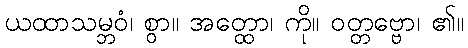
ယထာသမ္ဘဝံ၊ စွာ။ အတ္ထော၊ ကို။ ဝတ္တဗ္ဗော၊ ၏။